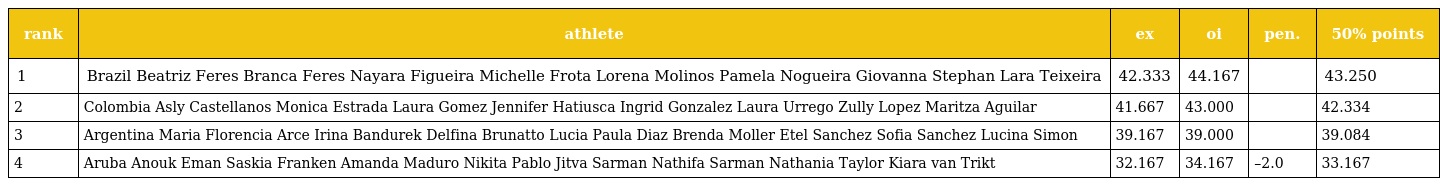
| rank | athlete | ex | oi | pen. | 50% points |
 | --- | --- | --- | --- | --- | --- |
 | 1 | Brazil Beatriz Feres Branca Feres Nayara Figueira Michelle Frota Lorena Molinos Pamela Nogueira Giovanna Stephan Lara Teixeira | 42.333 | 44.167 |  | 43.250 |
 | 2 | Colombia Asly Castellanos Monica Estrada Laura Gomez Jennifer Hatiusca Ingrid Gonzalez Laura Urrego Zully Lopez Maritza Aguilar | 41.667 | 43.000 |  | 42.334 |
 | 3 | Argentina Maria Florencia Arce Irina Bandurek Delfina Brunatto Lucia Paula Diaz Brenda Moller Etel Sanchez Sofia Sanchez Lucina Simon | 39.167 | 39.000 |  | 39.084 |
 | 4 | Aruba Anouk Eman Saskia Franken Amanda Maduro Nikita Pablo Jitva Sarman Nathifa Sarman Nathania Taylor Kiara van Trikt | 32.167 | 34.167 | –2.0 | 33.167 |